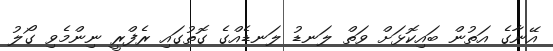
އޭނާގެ އަތުން ބައިކޮޅަށް ވަތް ލަނޑު ލަނޑެއްގެ ގޮތުގައި ރެފްރީ ނިންމެވި ގޯލު